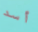
أسد